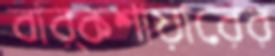
বার্কশায়ারের